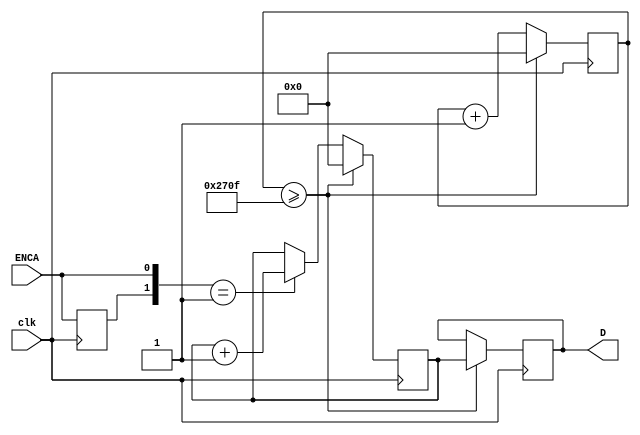
module HK1_1617(ENCA,clk,D);
	input ENCA, clk;
	output [15:0]D;
	reg [15:0]D=16'h0000,temp=16'h0000,count=16'h0000;
	reg pre_enc;
	always @(posedge clk) begin
		pre_enc<=ENCA;
		count<=count+1;
		if ({pre_enc,ENCA}==2'b01)
			temp<=temp+1;
		if (count>=9999) begin
			D<=temp;
			count<=16'h0000;
			temp<=16'h0000;
		end
	end
endmodule